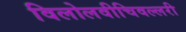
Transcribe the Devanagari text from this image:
विलोलवीचिवल्लरी